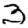
Digit: 3